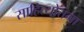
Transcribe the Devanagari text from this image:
साहित्योत्तमा